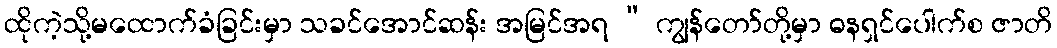
ထိုကဲ့သို့မထောက်ခံခြင်းမှာ သခင်အောင်ဆန်း အမြင်အရ “ ကျွန်တော်တို့မှာ ဓနရှင်ပေါက်စ ဇာတိ